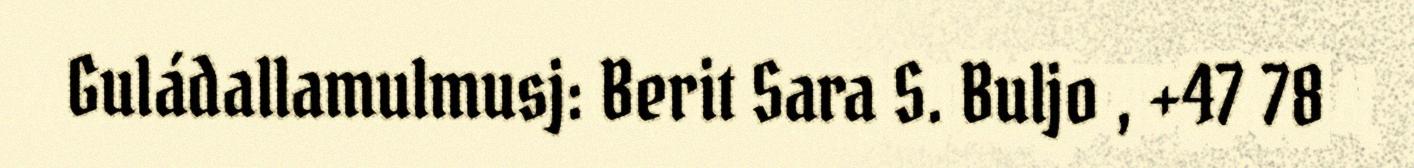
Guládallamulmusj: Berit Sara S. Buljo , +47 78